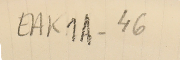
EAK1A-46